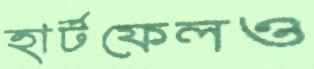
হার্টফেলও